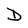
Character: D